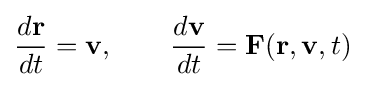
{\frac {d\mathbf {r} }{dt}}=\mathbf {v} ,\qquad {\frac {d\mathbf {v} }{dt}}=\mathbf {F} (\mathbf {r} ,\mathbf {v} ,t)